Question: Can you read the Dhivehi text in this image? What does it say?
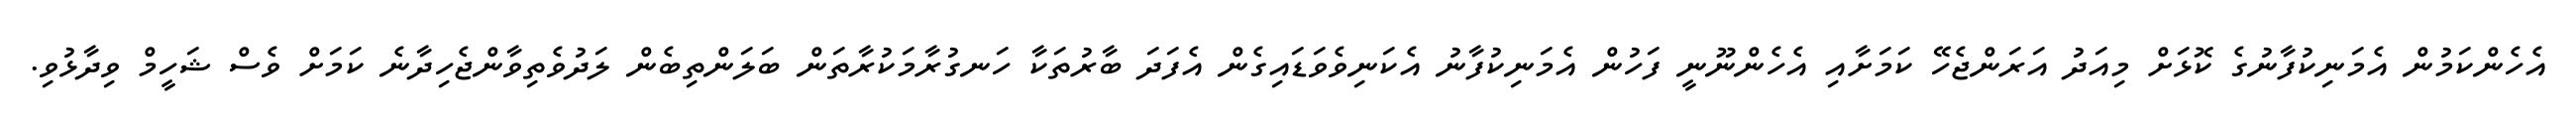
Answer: އެހެންކަމުން އެމަނިކުފާނުގެ ކޮޅަށް މިއަދު އަރަންޖެހޭ ކަމަށާއި އެހެންނޫނީ ފަހުން އެމަނިކުފާނު އެކަނިވެވަޑައިގެން އެފަދަ ބާރުތަކާ ހަނގުރާމަކުރާތަން ބަލަންތިބެން ލަދުވެތިވާންޖެހިދާނެ ކަމަށް ވެސް ޝަހީމް ވިދާޅުވި.